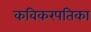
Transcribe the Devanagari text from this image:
कविकरपतिका